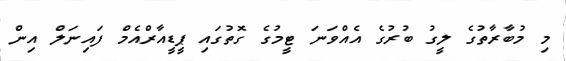
މި މުބާރާތުގެ ލީގު ބުރުގެ އެއްވަނަ ޓީމުގެ ގޮތުގައި ޕީޑީއާރްއެމް ފައިނަލް އިން